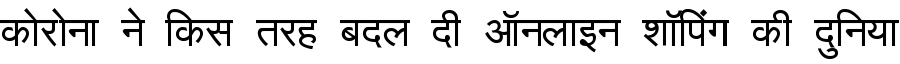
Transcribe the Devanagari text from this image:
कोरोना ने किस तरह बदल दी ऑनलाइन शॉपिंग की दुनिया